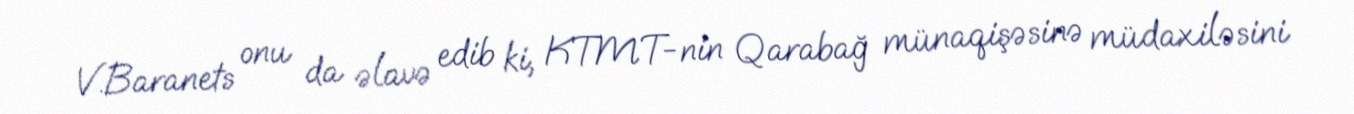
V.Baranets onu da əlavə edib ki, KTMT-nin Qarabağ münaqişəsinə müdaxiləsini